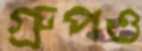
গ্রুপও